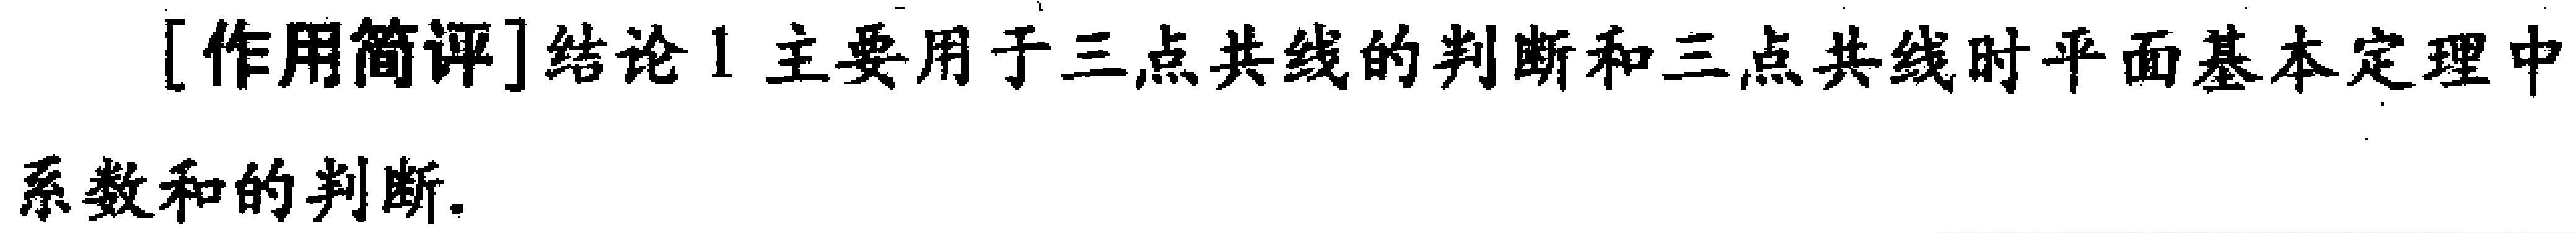
[作用简评]结论1 主要用于三点共线的判断和三点共线时平面基本定理中系数和的判断.